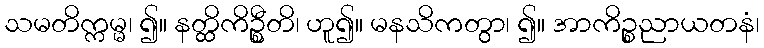
သမတိက္ကမ္မ၊ ၍။ နတ္ထိကိဦ္စတိ၊ ဟူ၍။ မနသိကတွာ၊ ၍။ အာကိဉ္စညာယတနံ၊